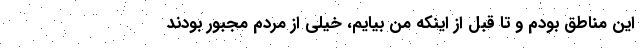
این مناطق بودم و تا قبل از اینکه من بیایم، خیلی از مردم مجبور بودند